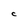
Character: C